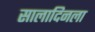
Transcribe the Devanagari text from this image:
सालादिनला